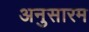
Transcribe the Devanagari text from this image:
अनुसारम